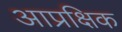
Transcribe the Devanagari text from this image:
आप्रक्षिक